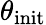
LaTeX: \theta_{\mathrm{init}}